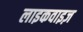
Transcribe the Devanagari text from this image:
लाइकवाइज़